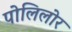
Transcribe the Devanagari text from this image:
पोलिलोर